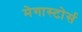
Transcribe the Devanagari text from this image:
मेगास्टोर्स